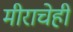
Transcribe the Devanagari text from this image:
मीराचेही